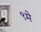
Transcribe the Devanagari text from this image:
९मे